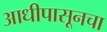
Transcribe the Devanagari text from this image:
आधीपासूनचा